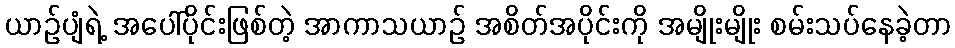
ယာဉ်ပျံရဲ့ အပေါ်ပိုင်းဖြစ်တဲ့ အာကာသယာဉ် အစိတ်အပိုင်းကို အမျိုးမျိုး စမ်းသပ်နေခဲ့တာ